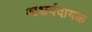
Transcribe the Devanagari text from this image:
आश्चर्यदायक